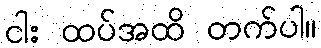
ငါး ထပ်အထိ တက်ပါ။